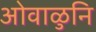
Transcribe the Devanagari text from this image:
ओवाळुनि